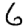
Digit: 6